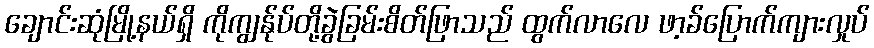
ချောင်းဆုံမြို့နယ်ရှိ ကိုကျွန်ုပ်တို့ခွဲခြမ်းစိတ်ဖြာသည် ထွက်လာလေ ဖာ့ခ်ပြောက်ကျားလှုပ်